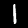
Digit: 1